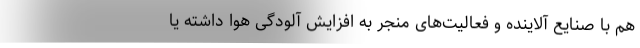
هم با صنایع آلاینده و فعالیت‌های منجر به افزایش آلودگی هوا داشته یا